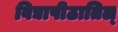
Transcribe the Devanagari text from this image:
विद्यापीठातिल्